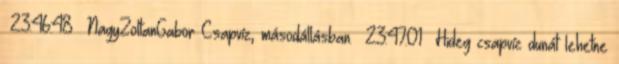
23:46:48 NagyZoltanGabor Csapvíz, másodállásban. 23:47:01 Hideg csapvíz dunát lehetne